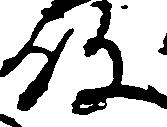
殿